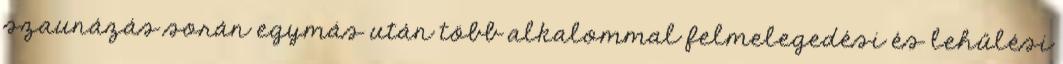
szaunázás során egymás után több alkalommal felmelegedési és lehűlési